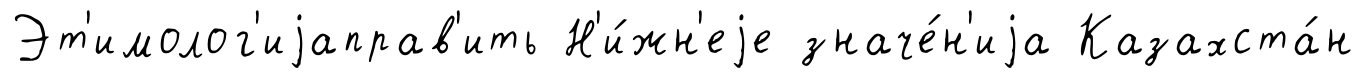
Эт'имолог'иjаправ'ить Н'и́жн'еjе значе́н'иjа Казахста́н